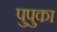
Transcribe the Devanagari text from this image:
पुपुका